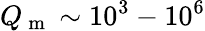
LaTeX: Q_{\mathrm{~m~}}\sim 10^{3}-10^{6}